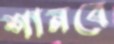
শানবে